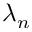
\lambda _ { n }